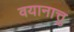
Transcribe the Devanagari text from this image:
वयानात्तु